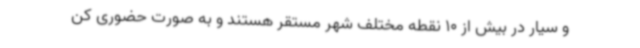
و سیار در بیش از 10 نقطه مختلف شهر مستقر هستند و به صورت حضوری کن